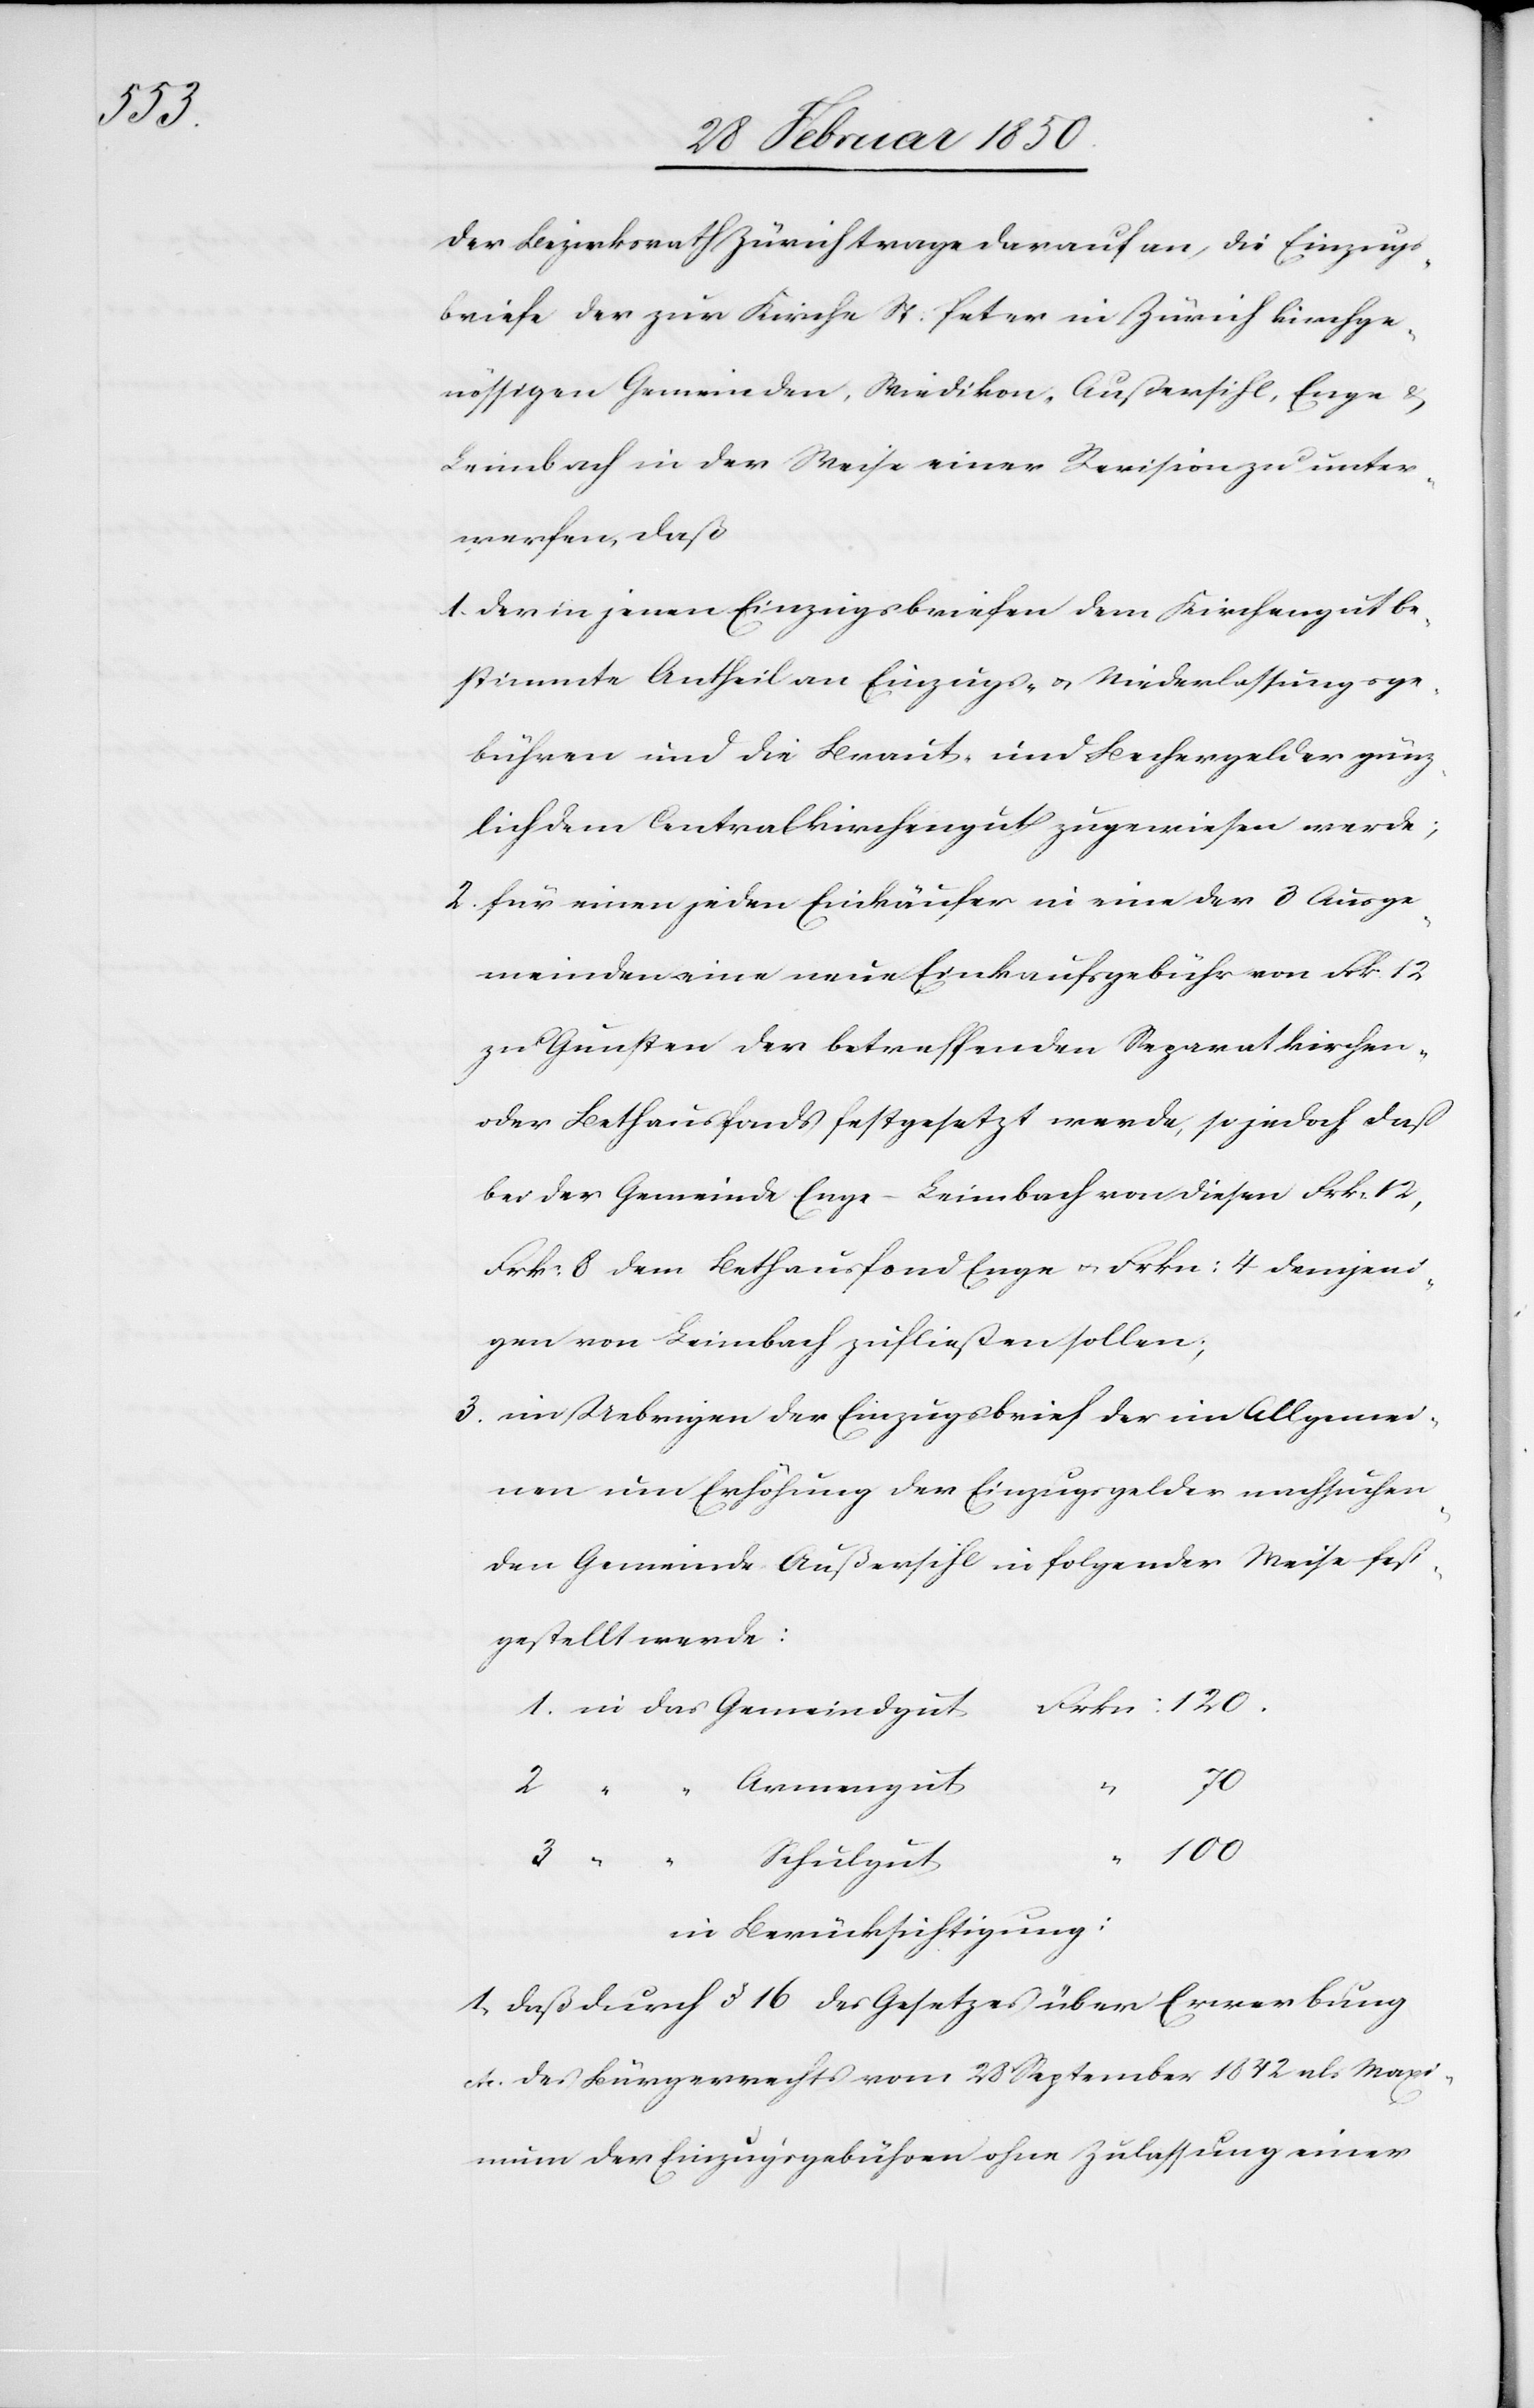
in das

Der Bezirksrath Zürich trage darauf an, die Einzugs¬
briefe der zur Kirche St. Peter in Zürich kirchge¬
nössigen Gemeinden, Wiedikon, Außersihl, Enge u.
Leimbach in der Weise einer Revision zu unter¬
werfen, daß
1. der in jenen Einzugsbriefen dem Kirchengut be¬
stimmte Antheil an Einzugs- u. Niederlassungsge¬
bühren und die Braut- und Bechergelder gänz¬
lich dem Centralkirchengut zugewiesen werde;
2. für einen jeden Einkäufer in eine der 3 Ausge¬
meinden eine neue Einkaufsgebühr von Frk 12
zu Gunsten der betreffenden Separatkirchen-
oder Bethausfonds festgesetzt werde, so jedoch daß
bei der Gemeinde Enge-Leimbach von diesen Frk 12,
Frk: 8 dem Bethausfond Enge u. Frkn: 4 demjeni¬
gen von Leimbach zufließen sollen;
3. im Uebrigen der Einzugsbrief der im Allgemei¬
nen um Erhöhung der Einzugsgelder nachsuchen¬
den Gemeinde Außersihl in folgender Weise fest¬
gestellt werde:
120.
“
“
Schulgut
in Berücksichtigung:
1. Daß durch § 16 des Gesetzes über Erwerbung
etc. des Bürgerrechts vom 28 September 1842 als Maxi¬
mum der Einzugsgebühren ohne Zulassung einer